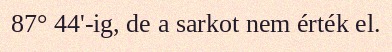
87° 44'-ig, de a sarkot nem érték el.